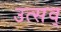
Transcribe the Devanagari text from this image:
उत्सव्